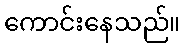
ကောင်းနေသည်။